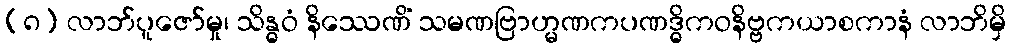
(၈) လာဘ်ပူဇော်မှု၊ သိန္ဓဝံ နိဿေဏိံ သမဏဗြာဟ္မဏကပဏဒ္ဓိကဝနိဗ္ဗကယာစကာနံ လာဘိမှိ